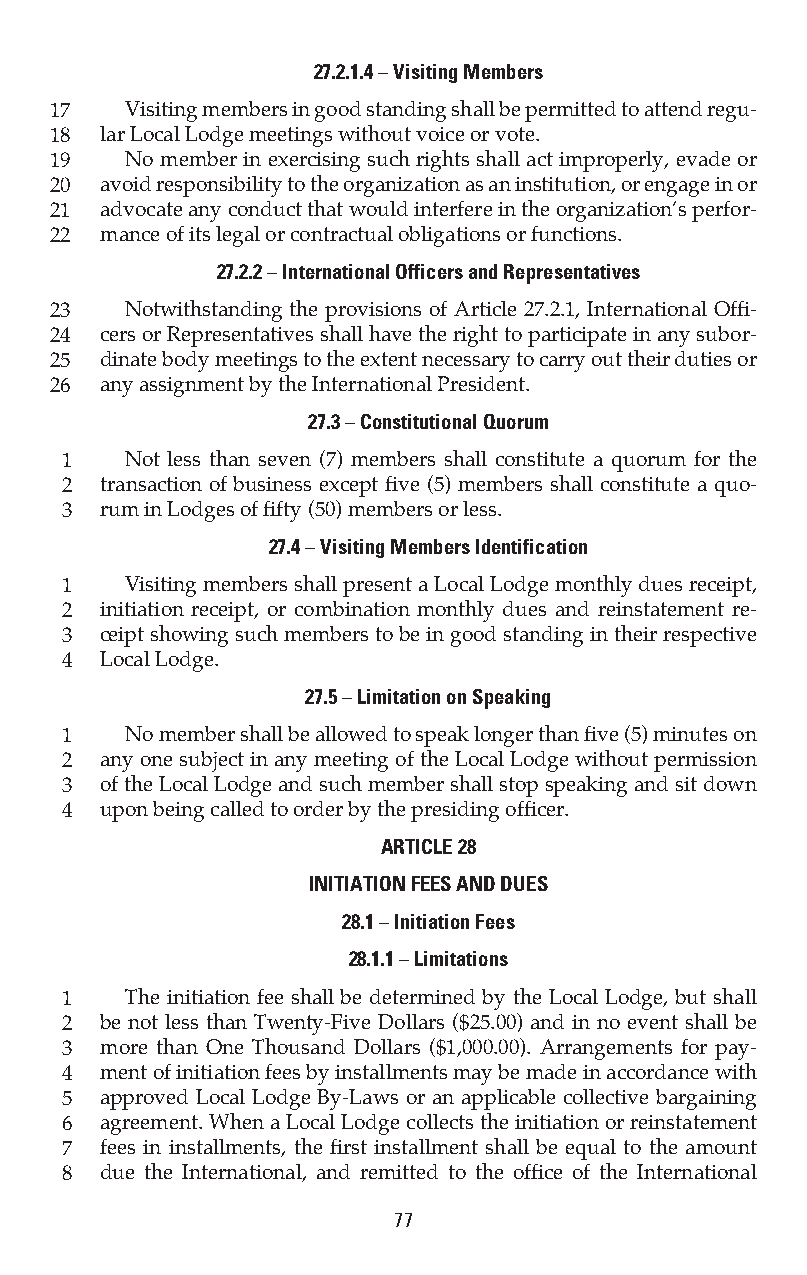
27.2.1.4 – Visiting Members
 17   Visiting members in good standing shall be permitted to attend regu-
 18  lar Local Lodge meetings without voice or vote.
 19   No member in exercising such rights shall act improperly, evade or
 20  avoid responsibility to the organization as an institution, or engage in or
 21  advocate any conduct that would interfere in the organization’s perfor-
 22  mance of its legal or contractual obligations or functions.
 27.2.2 – International Officers and Representatives
 23   Notwithstanding the provisions of Article 27.2.1, International Offi-
 24  cers or Representatives shall have the right to participate in any subor-
 25  dinate body meetings to the extent necessary to carry out their duties or
 26  any assignment by the International President.
 27.3 – Constitutional Quorum
 1   Not less than seven (7) members shall constitute a quorum for the
 2  transaction of business except five (5) members shall constitute a quo-
 3  rum in Lodges of fifty (50) members or less.
 27.4 – Visiting Members Identification
 1   Visiting members shall present a Local Lodge monthly dues receipt,
 2  initiation receipt, or combination monthly dues and reinstatement re-
 3  ceipt showing such members to be in good standing in their respective
 4  Local Lodge.
 27.5 – Limitation on Speaking
 1   No member shall be allowed to speak longer than five (5) minutes on
 2  any one subject in any meeting of the Local Lodge without permission
 3  of the Local Lodge and such member shall stop speaking and sit down
 4  upon being called to order by the presiding officer.
 ARTICLE 28
 INITIATION FEES AND DUES
 28.1 – Initiation Fees
 28.1.1 – Limitations
 1   The initiation fee shall be determined by the Local Lodge, but shall
 2  be not less than Twenty-Five Dollars ($25.00) and in no event shall be
 3  more than One Thousand Dollars ($1,000.00). Arrangements for pay-
 4  ment of initiation fees by installments may be made in accordance with
 5  approved Local Lodge By-Laws or an applicable collective bargaining
 6  agreement. When a Local Lodge collects the initiation or reinstatement
 7  fees in installments, the first installment shall be equal to the amount
 8  due the International, and remitted to the office of the International
 77